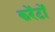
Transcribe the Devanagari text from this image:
करेंटों